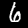
Digit: 6